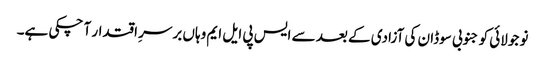
نو جولائی کو جنوبی سوڈان کی آزادی کے بعد سے ایس پی ایل ایم وہاں برسرِ اقتدار آ چکی ہے۔